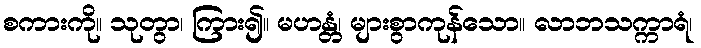
စကားကို။ သုတွာ၊ ကြား၍။ မဟန္တံ၊ များစွာကုန်သော။ လာဘသက္ကာရံ၊